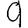
Digit: 9